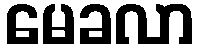
မေခလာ